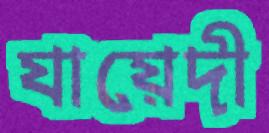
যায়েদী